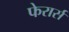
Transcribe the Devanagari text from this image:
फेरार्स